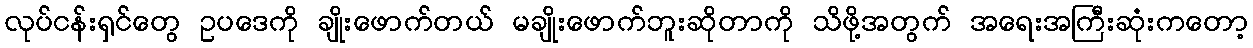
လုပ်ငန်းရှင်တွေ ဥပဒေကို ချိုးဖောက်တယ် မချိုးဖောက်ဘူးဆိုတာကို သိဖို့အတွက် အရေးအကြီးဆုံးကတော့